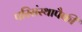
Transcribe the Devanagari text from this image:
परिसंस्थापैकी